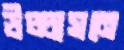
উচ্চাসনে